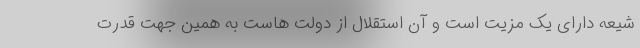
شیعه دارای یک مزیت است و آن استقلال از دولت هاست به همین جهت قدرت